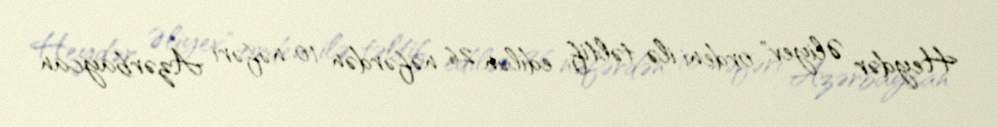
Heydər Əliyev" ordeni ilə təltif edilən 26 nəfərdən 10 nəfəri Azərbaycan